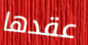
عقدها